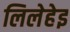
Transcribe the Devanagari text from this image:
लिलेहेइ